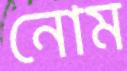
নোম